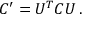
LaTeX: { \cal C } ^ { \prime } = U ^ { T } { \cal C } U \, .